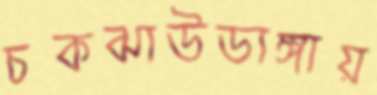
চকঝাউডাঙ্গায়